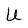
Character: U